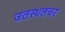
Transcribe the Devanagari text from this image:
जलस्थलचर